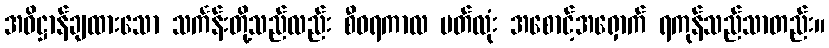
အဓိဋ္ဌာန်ချထားသော သင်္ကန်းတို့သည်လည်း စီဝရကာလ ပတ်လုံး အစောင့်အရှောက် ရကုန်သည်သာတည်း။